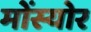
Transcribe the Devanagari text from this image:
मोंस्योर